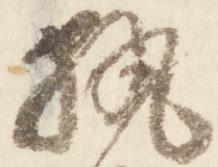
執